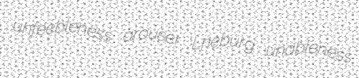
unfeebleness arouser Lneburg unableness